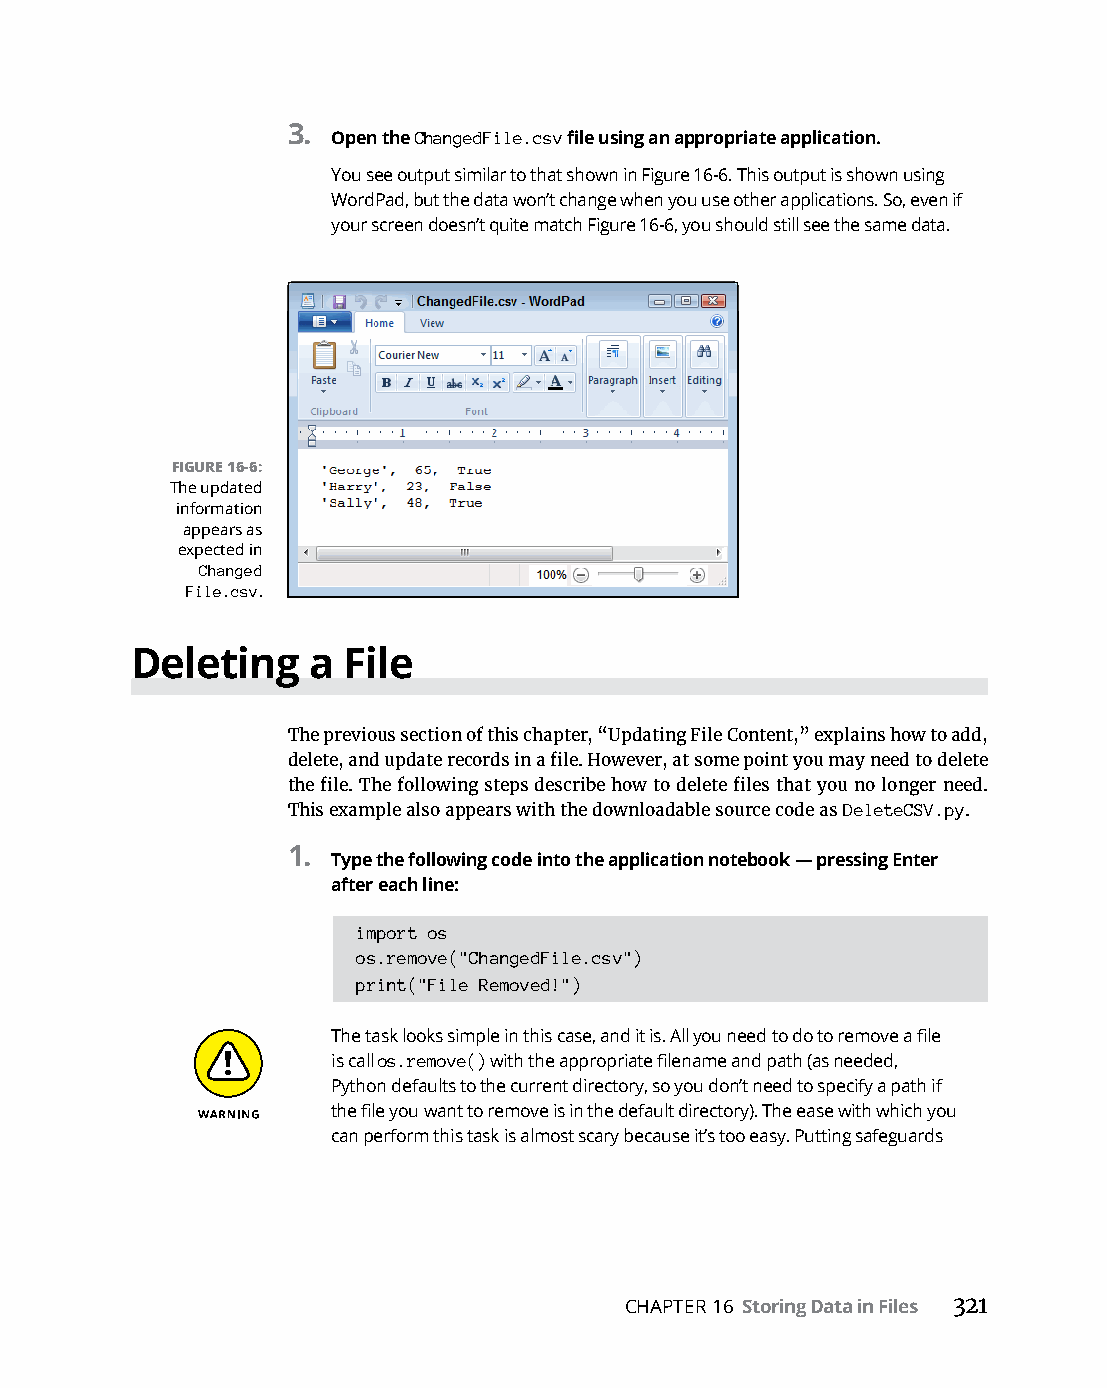
3. Open the ChangedFile.csv file using an appropriate application.
 You see output similar to that shown in Figure 16-6. This output is shown using
 WordPad, but the data won’t change when you use other applications. So, even if
 your screen doesn’t quite match Figure 16-6, you should still see the same data.
 FIGURE 16-6:
 The updated
 information
 appears as
 expected in
 Changed
 File.csv.
 Deleting   a  File
 The previous section of this chapter, “Updating File Content,” explains how to add,
 delete, and update records in a file. However, at some point you may need to delete
 the file. The following steps describe how to delete files that you no longer need.
 This example also appears with the downloadable source code as DeleteCSV.py.
 1.
 Type the following code into the application notebook — pressing Enter
 after each line:
 import os
 os.remove("ChangedFile.csv")
 print("File Removed!")
 The task looks simple in this case, and it is. All you need to do to remove a file
 is call os.remove() with the appropriate filename and path (as needed,
 Python defaults to the current directory, so you don’t need to specify a path if
 the file you want to remove is in the default directory). The ease with which you
 can perform this task is almost scary because it’s too easy. Putting safeguards
 CHAPTER 16 Storing Data in Files 321